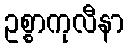
ဥစ္စာကုလီနာ